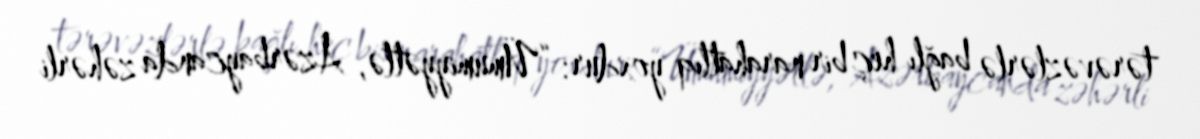
tərəvəzlərlə bağlı heç bir narahatlıq yoxdur: “Ümumiyyətlə, Azərbaycanda zəhərli